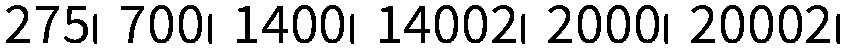
275၊ 700၊ 1400၊ 14002၊ 2000၊ 20002၊